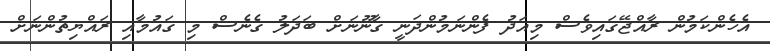
އެހެންކަމުން ރާއްޖޭގައިވެސް މިއަދު ފެންނަމުންދަނީ ގާނޫނަށް ބަދަލު ގެނެސް މި ގައުމާއި ރައްޔިތުންނަށް